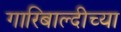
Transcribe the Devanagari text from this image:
गारिबाल्दीच्या